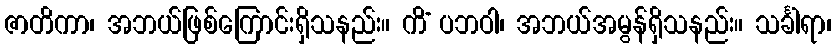
ဇာတိကာ၊ အဘယ်ဖြစ်ကြောင်းရှိသနည်း။ ကိံ ပဘဝါ၊ အဘယ်အမွန်ရှိသနည်း။ သင်္ခါရာ၊